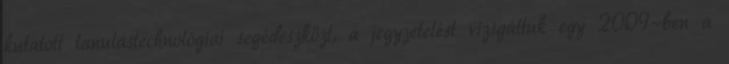
kutatott tanulástechnológiai segédeszközt, a jegyzetelést vizsgáltuk egy 2009-ben a